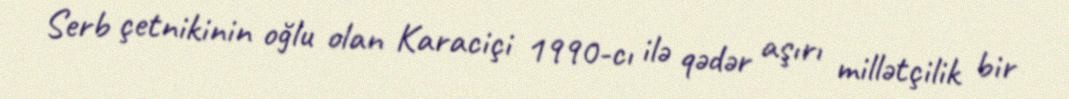
Serb çetnikinin oğlu olan Karaciçi 1990-cı ilə qədər aşırı millətçilik bir